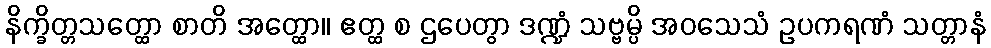
နိက္ခိတ္တသတ္ထော စာတိ အတ္ထော။ ဧတ္ထ စ ဌပေတွာ ဒဏ္ဍံ သဗ္ဗမ္ပိ အဝသေသံ ဥပကရဏံ သတ္တာနံ